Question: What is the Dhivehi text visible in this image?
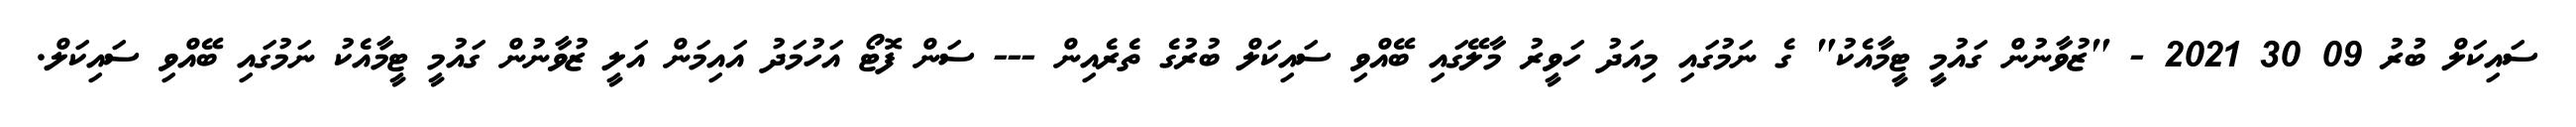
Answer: ސައިކަލް ބުރު 09 30 2021 - "ޒުވާނުން ގައުމީ ޓީމާއެކު" ގެ ނަމުގައި މިއަދު ހަވީރު މާލޭގައި ބޭއްވި ސައިކަލް ބުރުގެ ތެރެއިން --- ސަން ފޮޓޯ އަހުމަދު އައިމަން އަލީ ޒުވާނުން ގައުމީ ޓީމާއެކު ނަމުގައި ބޭއްވި ސައިކަލް.